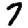
Digit: 7